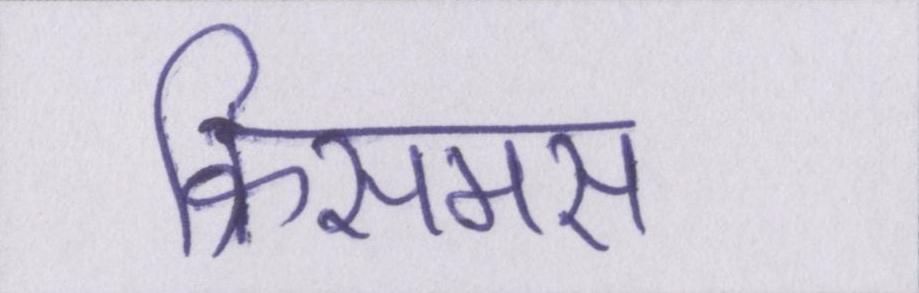
क्रिसमस